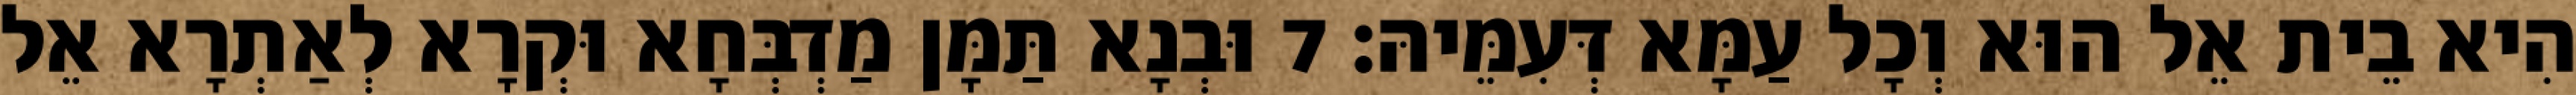
הִיא בֵית אֵל הוּא וְכָל עַמָּא דְּעִמֵּיהּ׃ 7 וּבְנָא תַּמָּן מַדְבְּחָא וּקְרָא לְאַתְרָא אֵל